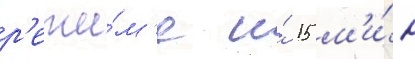
р'ежи́м'е и́ 15 м'и́н